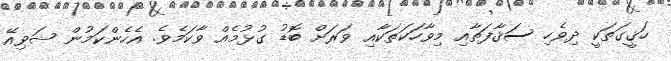
ހަޤީގަތަކީ ދިވެހި ސަޤާފަތާއި މިވާހަކަތަކާއި ވަރަށް ބޮޑު ގުޅުމެއް ވާކަމެވެ. އެހެންކަމުން ޝަވިއޭ